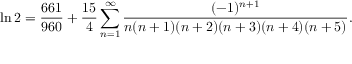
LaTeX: \ln 2 = { \frac { 6 6 1 } { 9 6 0 } } + { \frac { 1 5 } { 4 } } \sum _ { n = 1 } ^ { \infty } { \frac { ( - 1 ) ^ { n + 1 } } { n ( n + 1 ) ( n + 2 ) ( n + 3 ) ( n + 4 ) ( n + 5 ) } } .